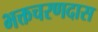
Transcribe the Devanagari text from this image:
भक्तचरणदास